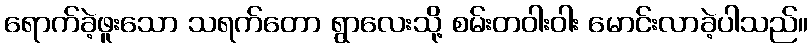
ရောက်ခဲ့ဖူးသော သရက်တော ရွာလေးသို့ စမ်းတဝါးဝါး မောင်းလာခဲ့ပါသည်။